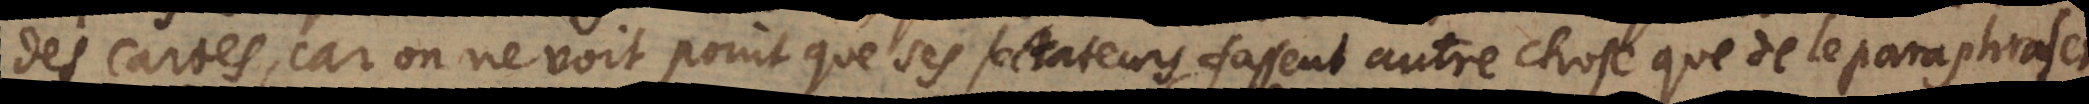
des Cartes, car on ne voit point que ses sectateurs fassent autre chose que de le paraphraser.